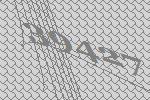
39427